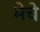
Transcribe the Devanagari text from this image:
भेचे